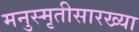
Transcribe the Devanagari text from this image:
मनुस्मृतीसारख्या